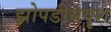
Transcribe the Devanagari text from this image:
झोपडीसदृश